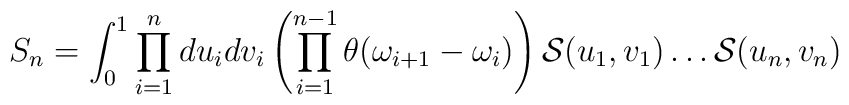
S_{n}= \int_{0}^{1} \prod_{i =1}^{n}du_{i}dv_{i}\left(\prod_{i=1}^{n-1} \theta(\omega_{i+1}-\omega_{i})\right) {\cal S}(u_{1},v_{1})\dots{\cal S} (u_{n},v_{n})